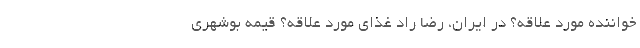
خواننده مورد علاقه؟ در ایران، رضا راد غذای مورد علاقه؟ قیمه بوشهری